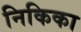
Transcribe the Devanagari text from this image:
निकिका